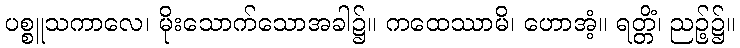
ပစ္စူသကာလေ၊ မိုးသောက်သောအခါ၌။ ကထေဿာမိ၊ ဟောအံ့။ ရတ္တိံ၊ ညဉ့်၌။